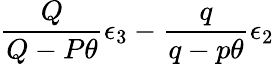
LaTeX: \frac{Q}{Q-P\theta}\epsilon_{3}-\frac{q}{q-p\theta}\epsilon_{2}